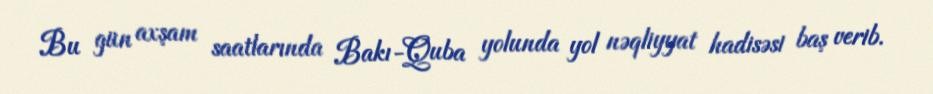
Bu gün axşam saatlarında Bakı-Quba yolunda yol nəqliyyat hadisəsi baş verib.